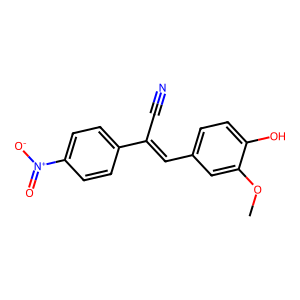
SMILES: COc1cc(C=C(C#N)c2ccc([N+](=O)[O-])cc2)ccc1O
Inhibits HIV replication: No